65_HS1-834228961_62-HQ-83894_Section_2
Agency: FBI
Page 31
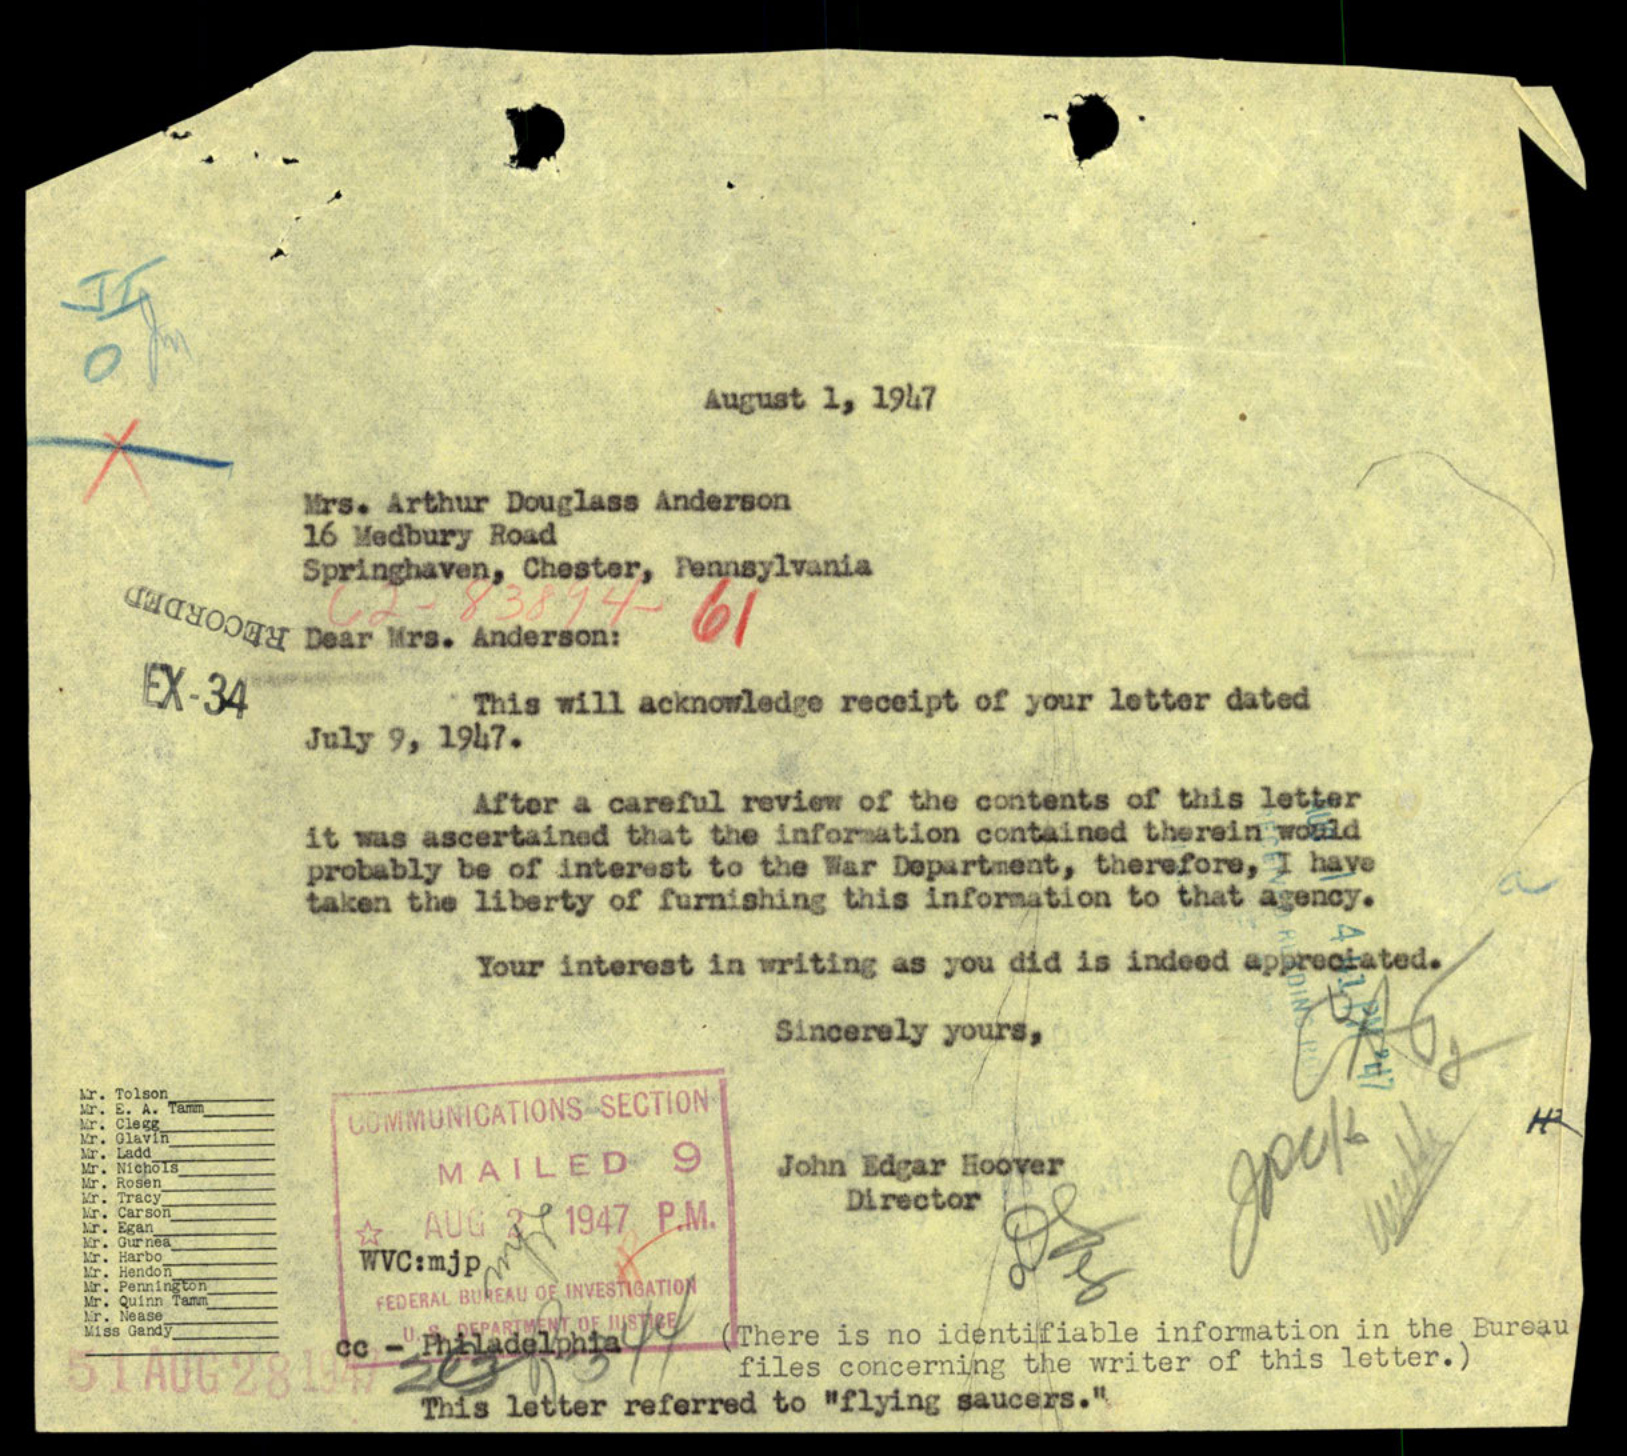